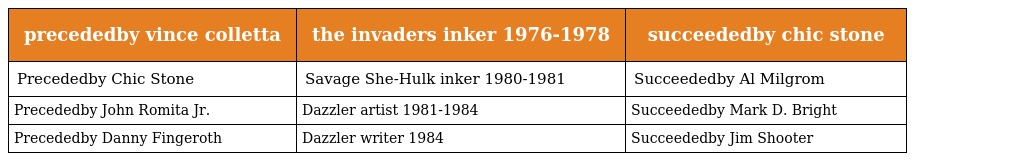
| precededby vince colletta | the invaders inker 1976-1978 | succeededby chic stone |
 | --- | --- | --- |
 | Precededby Chic Stone | Savage She-Hulk inker 1980-1981 | Succeededby Al Milgrom |
 | Precededby John Romita Jr. | Dazzler artist 1981-1984 | Succeededby Mark D. Bright |
 | Precededby Danny Fingeroth | Dazzler writer 1984 | Succeededby Jim Shooter |